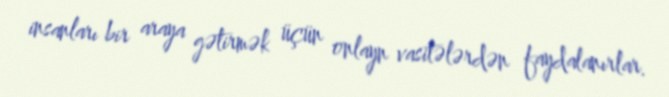
insanları bir araya gətirmək üçün onlayn vasitələrdən faydalanırlar.